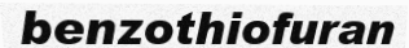
benzothiofuran